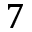
7